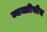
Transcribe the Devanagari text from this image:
व्यक्तीचीच